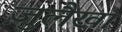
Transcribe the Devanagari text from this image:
ज़ुलैखा